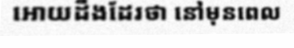
អោយដឹងដែរថា នៅមុនពេល